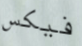
فيكس